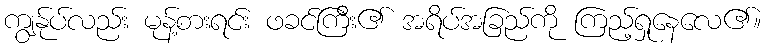
ကျွန်ုပ်လည်း မုန့်စားရင်း ဖခင်ကြီး၏ အရိပ်အခြည်ကို ကြည့်ရှုနေလေ၏။